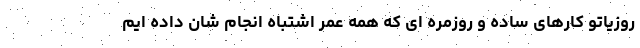
روزیاتو کارهای ساده و روزمره ای که همه عمر اشتباه انجام شان داده ایم